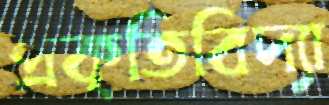
প্রকৃতিবিদ্যা